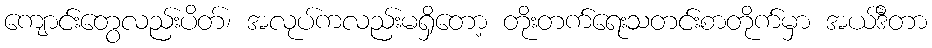
ကျောင်းတွေလည်းပိတ်၊ အလုပ်ကလည်းမရှိတော့ တိုးတက်ရေးသတင်းစာတိုက်မှာ အယ်ဒီတာ